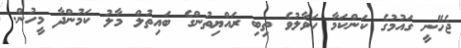
ޖެހޭނީ ގައުމުގެ ކަންކަމާ ހަވާލުވެ ތިބި ރައްޔިތުންގެ ބައިތުލް މާލު ކަމުންދާ މީހުން.